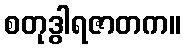
စတုဒွါရဇာတက။